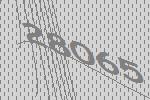
28065